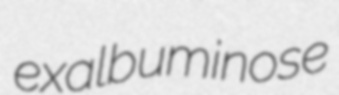
exalbuminose